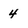
Character: 4